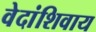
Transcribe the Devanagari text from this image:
वेदांशिवाय